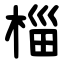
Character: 椔